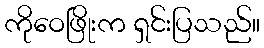
ကိုဝေဖြိုးက ရှင်းပြသည်။